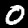
Digit: 0